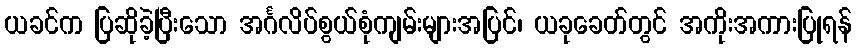
ယခင်က ပြဆိုခဲ့ပြီးသော အင်္ဂလိပ်စွယ်စုံကျမ်းများအပြင်၊ ယခုခေတ်တွင် အကိုးအကားပြုရန်